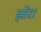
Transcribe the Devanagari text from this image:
झोंटा